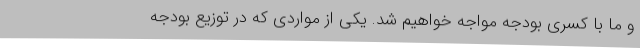
و ما با کسری بودجه مواجه خواهیم شد. یکی از مواردی که در توزیع بودجه